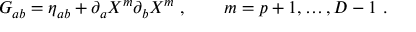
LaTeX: G _ { a b } = \eta _ { a b } + \partial _ { a } X ^ { m } \partial _ { b } X ^ { m } \ , \qquad m = p + 1 , \ldots , D - 1 \ .